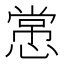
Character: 㦂